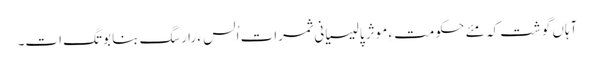
آہاں گوشت کہ مئے حکومت ءِ موثر پالیسیانی ثمرات اُلس ءَ را رسگ بنا بوتگ ات۔